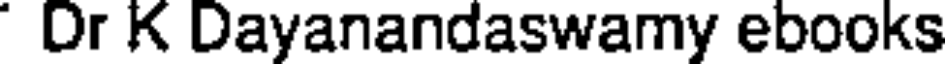
Dr K Dayanandaswamy ebooks